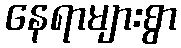
နေရာများစွာ